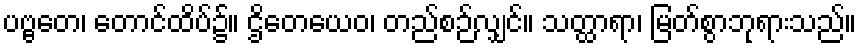
ပဗ္ဗတေ၊ တောင်ထိပ်၌။ ဌိတေယေဝ၊ တည်စဉ်လျှင်။ သတ္ထာရာ၊ မြတ်စွာဘုရားသည်။